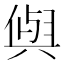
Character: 𭁕